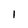
Character: I